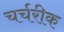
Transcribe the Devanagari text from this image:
चर्चरीक